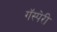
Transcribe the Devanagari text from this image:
गॅस्पेरी